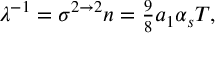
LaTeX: \lambda ^ { - 1 } = \sigma ^ { 2 \to 2 } n = { \textstyle { \frac { 9 } { 8 } } } a _ { 1 } \alpha _ { s } T ,